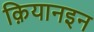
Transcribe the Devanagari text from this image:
क़ियानइन